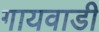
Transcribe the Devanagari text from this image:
गायवाडी